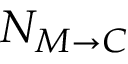
N _ { M \rightarrow C }